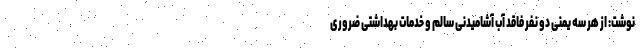
نوشت: از هر سه یمنی دو نفر فاقد آب آشامیدنی سالم و خدمات بهداشتی ضروری